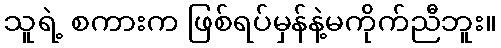
သူရဲ့ စကားက ဖြစ်ရပ်မှန်နဲ့မကိုက်ညီဘူး။